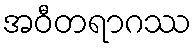
အဝီတရာဂဿ